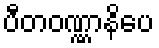
ပီတဝဏ္ဏာနိပေ